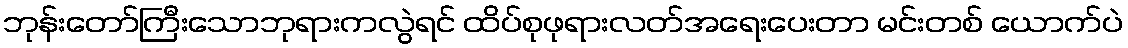
ဘုန်းတော်ကြီးသောဘုရားကလွဲရင် ထိပ်စုဖုရားလတ်အရေးပေးတာ မင်းတစ် ယောက်ပဲ